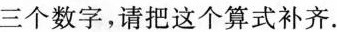
三个数字，请把这个算式补齐。